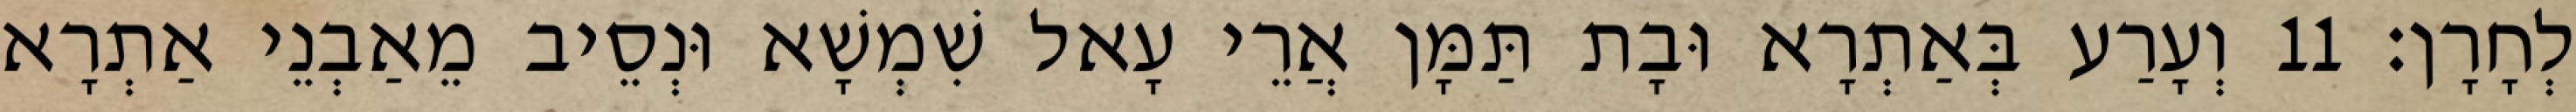
לְחָרָן׃ 11 וְעָרַע בְּאַתְרָא וּבָת תַּמָּן אֲרֵי עָאל שִׁמְשָׁא וּנְסֵיב מֵאַבְנֵי אַתְרָא